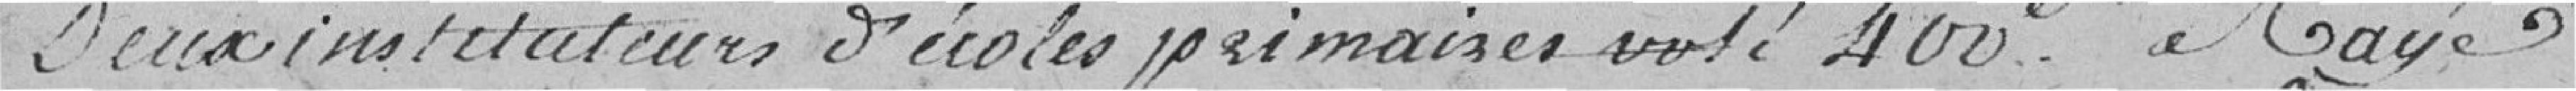
Deux instituteurs d'écoles primaires voté 400 frs Rayé